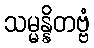
သမ္မန္နိတဗ္ဗံ